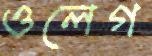
ওলেগ